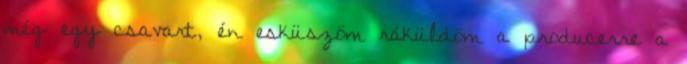
még egy csavart, én esküszöm ráküldöm a producerre a